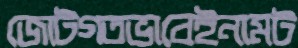
জোটগতভাবেইনামট